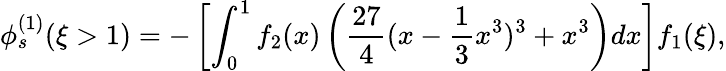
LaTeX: \phi_{s}^{(1)}(\xi>1)=-\left[\int_{0}^{1}f_{2}(x)\left(\frac{27}{4}(x-\frac{1}{3}x^{3})^{3}+x^{3}\right)dx\right]f_{1}(\xi),